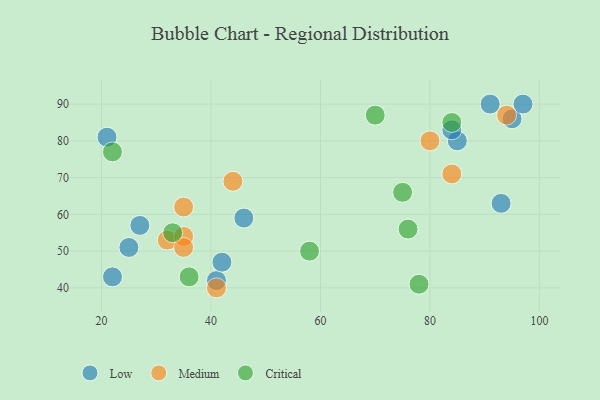
{"axis": {"x": "GDP", "y": "Life Expectancy"}, "legend": ["Critical", "Low", "Medium"], "data": [{"x": "95", "y": 86, "type": "Low"}, {"x": "91", "y": 90, "type": "Low"}, {"x": "97", "y": 90, "type": "Low"}, {"x": "41", "y": 42, "type": "Low"}, {"x": "25", "y": 51, "type": "Low"}, {"x": "85", "y": 80, "type": "Low"}, {"x": "84", "y": 83, "type": "Low"}, {"x": "42", "y": 47, "type": "Low"}, {"x": "27", "y": 57, "type": "Low"}, {"x": "93", "y": 63, "type": "Low"}, {"x": "22", "y": 43, "type": "Low"}, {"x": "21", "y": 81, "type": "Low"}, {"x": "46", "y": 59, "type": "Low"}, {"x": "32", "y": 53, "type": "Medium"}, {"x": "44", "y": 69, "type": "Medium"}, {"x": "35", "y": 54, "type": "Medium"}, {"x": "35", "y": 51, "type": "Medium"}, {"x": "35", "y": 62, "type": "Medium"}, {"x": "80", "y": 80, "type": "Medium"}, {"x": "41", "y": 40, "type": "Medium"}, {"x": "94", "y": 87, "type": "Medium"}, {"x": "84", "y": 71, "type": "Medium"}, {"x": "70", "y": 87, "type": "Critical"}, {"x": "22", "y": 77, "type": "Critical"}, {"x": "33", "y": 55, "type": "Critical"}, {"x": "75", "y": 66, "type": "Critical"}, {"x": "58", "y": 50, "type": "Critical"}, {"x": "84", "y": 85, "type": "Critical"}, {"x": "76", "y": 56, "type": "Critical"}, {"x": "78", "y": 41, "type": "Critical"}, {"x": "36", "y": 43, "type": "Critical"}]}